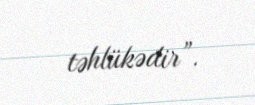
təhlükədir”.